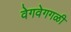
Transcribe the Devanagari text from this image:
वेगवेगगळी